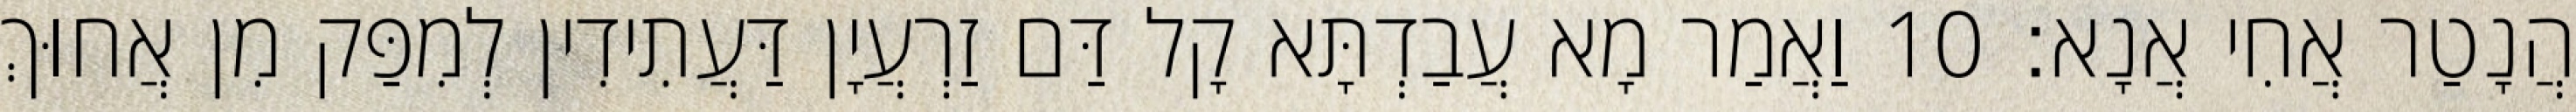
הֲנָטַר אֲחִי אֲנָא׃ 10 וַאֲמַר מָא עֲבַדְתָּא קָל דַּם זַרְעֲיָן דַּעֲתִידִין לְמִפַּק מִן אֲחוּךְ